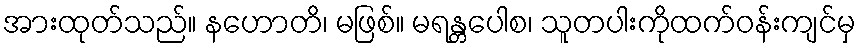
အားထုတ်သည်။ နဟောတိ၊ မဖြစ်။ မရန္တပေါစ၊ သူတပါးကိုထက်ဝန်းကျင်မှ